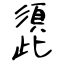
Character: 頾